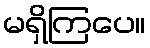
မရှိကြပေ။